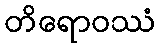
တိရောဝဿံ